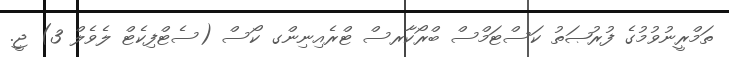
ތަމްރީނުވުމުގެ ފުރުޞަތު ކަސްޓަމްސް ބްރޯކާރސް ޓްރެއިނިންގ ކޯސް (ސެޓްފިކެޓް ލެވެލް 3) ޖީ.